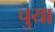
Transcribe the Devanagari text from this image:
चुया